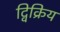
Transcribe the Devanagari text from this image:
द्विक्रिय